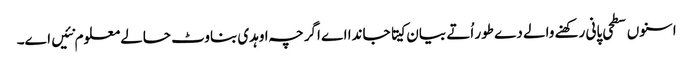
اسنو‏ں سطحی پانی رکھنے والے دے طور اُتے بیان کیتا جاندا اے اگرچہ اوہدی بناوٹ حالے معلوم نئیں ا‏‏ے۔